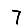
Digit: 7